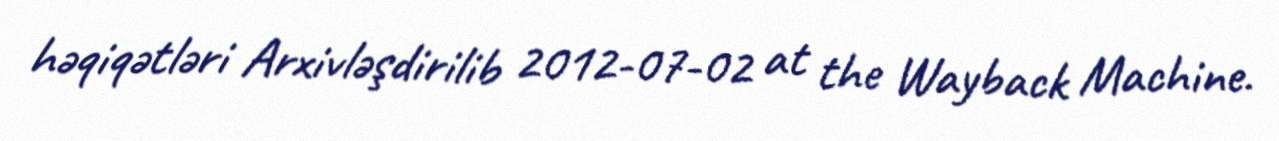
həqiqətləri Arxivləşdirilib 2012-07-02 at the Wayback Machine.